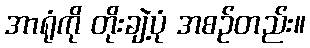
အာရုံကို တိုးချဲ့ပုံ အစဉ်တည်း။